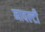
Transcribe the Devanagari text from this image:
नावल्‍टी